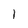
Character: 1